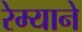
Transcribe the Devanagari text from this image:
रेम्याने